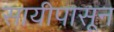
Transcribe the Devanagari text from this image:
सायीपासून